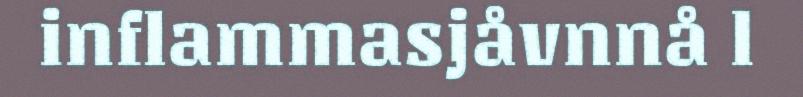
inflammasjåvnnå l